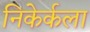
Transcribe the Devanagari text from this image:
निकेर्कला